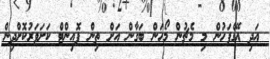
އަދި އޭގެފަހުން މި މެޗުން މޯހަން ބަގާން އަށް ތިން ޕޮއިންޓް ކަށަވަރުކޮށްދިން